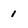
Character: 1